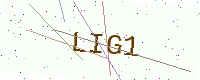
Text: LIG1